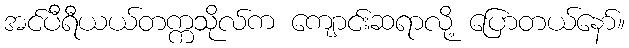
အင်ပီရီယယ်တက္ကသိုလ်က ကျောင်းဆရာလို့ ပြောတယ်နော်။